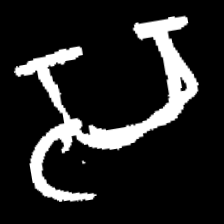
Pyu character \u2014 Myanmar letter: သ (romanized: sa)